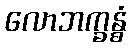
လောဘက္ခန္ဓံ